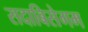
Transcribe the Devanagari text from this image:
सदाबिसेगम